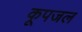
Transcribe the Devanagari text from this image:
कूपजल